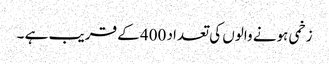
زخمی ہونے والوں کی تعداد 400 کے قریب ہے ۔